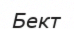
Бект